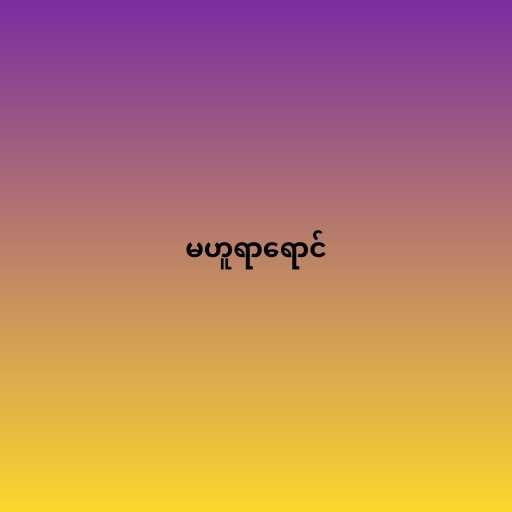
မဟူရာရောင်